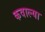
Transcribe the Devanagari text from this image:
कवाल्या